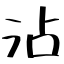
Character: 沾